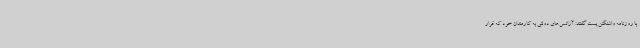
با روزنامه واشنگتن پست گفتند: آژانس‌های دولتی به کارمندان خود که قرار